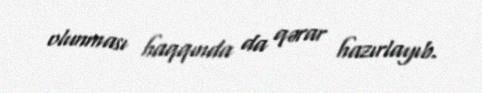
olunması haqqında da qərar hazırlayıb.